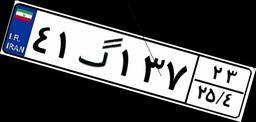
۴۱گ۱۳۷۲۳